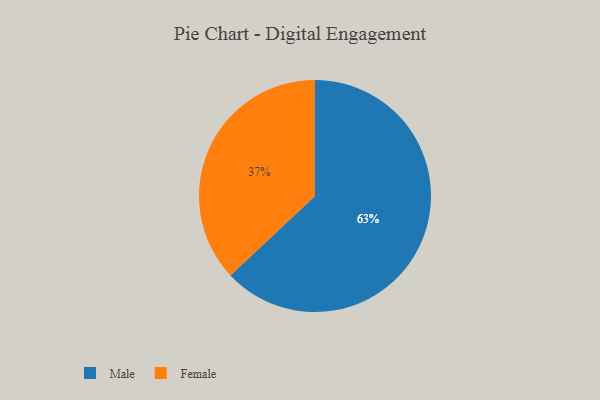
{"axis": {"x": "Category", "y": "Percentage"}, "legend": ["Female", "Male"], "data": [{"x": "Male", "y": 63, "type": "Male"}, {"x": "Female", "y": 37, "type": "Female"}]}